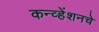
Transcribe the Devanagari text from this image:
कन्व्हेंशनचे